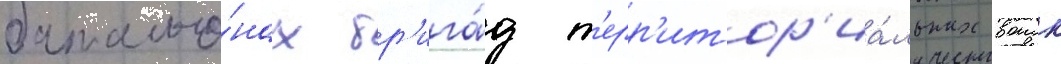
батальо́нах бр'ига́д т'ерр'итор'иа́льных воиск